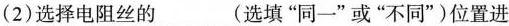
(2)选择电阻丝的___(选填”同一”或”不同”)位置进